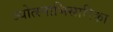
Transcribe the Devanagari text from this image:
ज्योत्स्नाभिसारिका